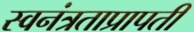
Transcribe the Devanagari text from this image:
स्वनंत्रताप्रापती